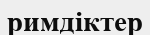
римдіктер